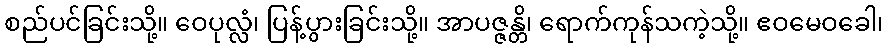
စည်ပင်ခြင်းသို့။ ဝေပုလ္လံ၊ ပြန့်ပွားခြင်းသို့။ အာပဇ္ဇန္တိ၊ ရောက်ကုန်သကဲ့သို့။ ဧဝမေဝခေါ၊